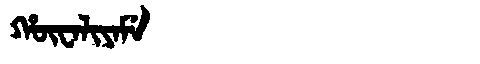
Manchu: ᡥᡡᠸᠠᠯᡳᠶᠠᠮᡝ
Romanization: HŪWALIYAME